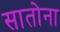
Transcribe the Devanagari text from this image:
सातोना